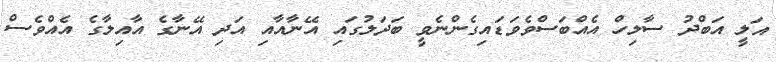
އަލީ އަބްދު ސާލިހް އެއްބަސްވެވަޑައިގެންނެވީ ބަދަލުގައި އޭނާއާއި އަދި އޭނާގެ އާއިލާގެ އެއްވެސް